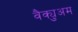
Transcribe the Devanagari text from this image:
वैक्युअम